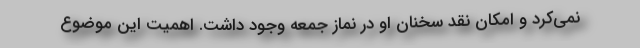
نمی‌کرد و امکان نقد سخنان او در نماز جمعه وجود داشت. اهمیت این موضوع